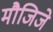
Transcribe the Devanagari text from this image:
मौजिजे